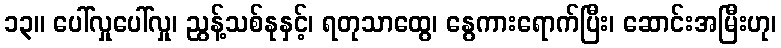
၁၃။ ပေါ်လှုပေါ်လှု၊ ညွန့်သစ်နုနှင့်၊ ရတုသာထွေ၊ နွေကားရောက်ပြီး၊ ဆောင်းအမြီးဟု၊